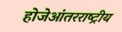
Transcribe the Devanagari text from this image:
होजेआंतरराष्ट्रीय